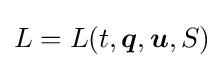
L=L(t,{\boldsymbol {q}},{\boldsymbol {u}},S)